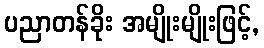
ပညာတန်ခိုး အမျိုးမျိုးဖြင့်,